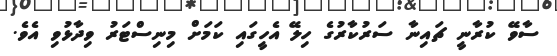
ސާވޭ ކުރާނީ ޗައިނާ ސަރުކާރުގެ ހިލޭ އެހީގައި ކަމަށް މިނިސްޓަރު ވިދާޅުވި އެވެ.